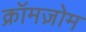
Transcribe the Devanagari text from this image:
क्रॉमज़ोम